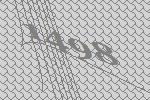
1498